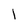
Character: l